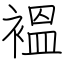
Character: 褞